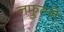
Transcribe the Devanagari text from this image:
नफुल्ने